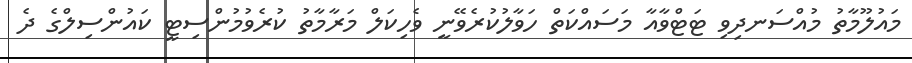
މައުލޫމާތު މުއްސަނދިވި ޓަޓްވާއާ މަސައްކަތް ހަވާލުކުރެވޭނީ ވެހިކަލް މަރާމާތު ކުރެވުމުންސިޓީ ކައުންސިލްގެ ދެ